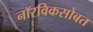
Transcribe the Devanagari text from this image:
नॉरविकसोबत